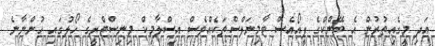
އަދި މީގެއިތުރުން އެ ބޭންކްގެ ޕީއޯއެސް ޓާމިނަލްސްތަކެއްވެސް އިސްލާމިކް މިނިސްޓްރީގެ ހޯލުގައި ހުންނާނެ